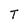
Character: T